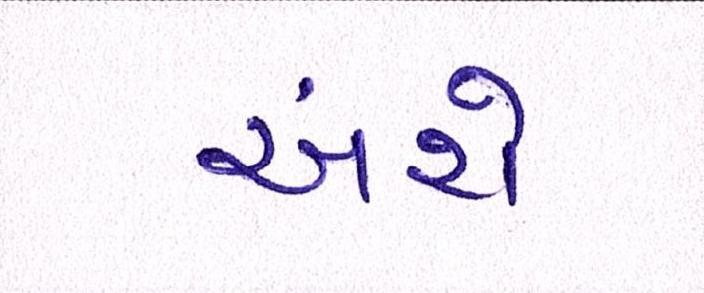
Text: અંશે